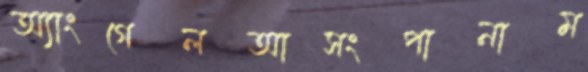
অ্যাংগেলআসংপানাম